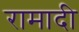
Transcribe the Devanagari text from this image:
रामादी